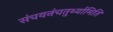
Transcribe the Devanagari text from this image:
संचयनंचतुर्थ्यामिति